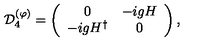
{ \cal D } _ { 4 } ^ { ( \varphi ) } = \left( \begin{array} { c c } { 0 } & { - i g H } \\ { - i g H ^ { \dagger } } & { 0 } \\ \end{array} \right) ,